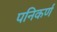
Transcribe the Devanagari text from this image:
पनिकर्ण